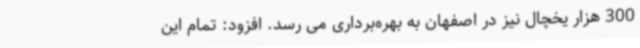
300 هزار یخچال نیز در اصفهان به بهره‌برداری می رسد. افزود: تمام این